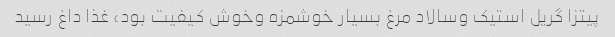
پیتزا گریل استیک وسالاد مرغ بسیار خوشمزه وخوش کیفیت بود، غذا داغ رسید